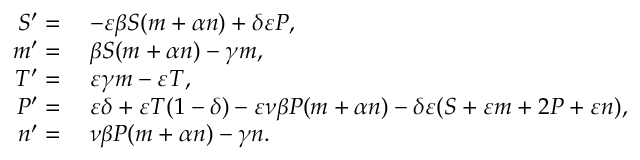
\begin{array} { r l } { S ^ { \prime } = } & { \; - \varepsilon \beta S ( m + \alpha n ) + \delta \varepsilon P , } \\ { m ^ { \prime } = } & { \; \beta S ( m + \alpha n ) - \gamma m , } \\ { T ^ { \prime } = } & { \; \varepsilon \gamma m - \varepsilon T , } \\ { P ^ { \prime } = } & { \; \varepsilon \delta + \varepsilon T ( 1 - \delta ) - \varepsilon \nu \beta P ( m + \alpha n ) - \delta \varepsilon ( S + \varepsilon m + 2 P + \varepsilon n ) , } \\ { n ^ { \prime } = } & { \; \nu \beta P ( m + \alpha n ) - \gamma n . } \end{array}